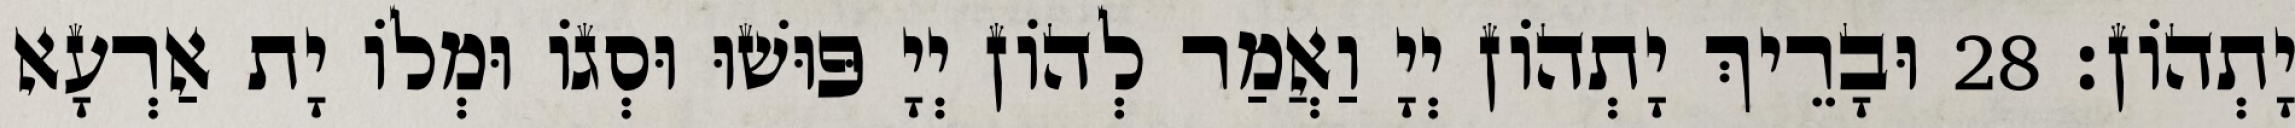
יָתְהוֹן׃ 28 וּבָרֵיךְ יָתְהוֹן יְיָ וַאֲמַר לְהוֹן יְיָ פּוּשׁוּ וּסְגוֹ וּמְלוֹ יָת אַרְעָא